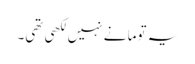
یہ توما نے نہیں لکھی تھی۔